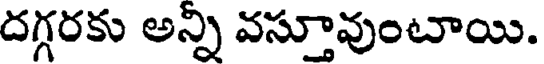
దగ్గరకు అన్ని వస్తూవుంటాయి.